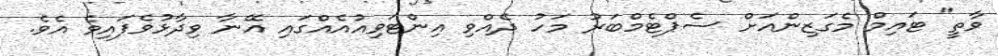
ވާތީ" ޓައިމް މެގަޒިންއަށް ސެޕްޓެމްބަރު މަހު ދެއްވި އިންޓަވިއުއެއްގައި އޭނާ ވިދާޅުވެފައިވެ އެވެ.